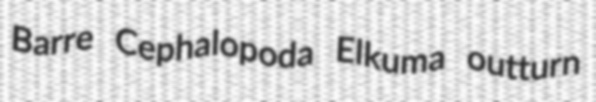
Barre Cephalopoda Elkuma outturn